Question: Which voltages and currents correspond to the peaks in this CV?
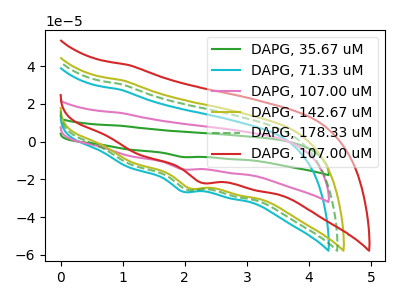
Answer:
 <answer>The green curve "DAPG, 35.67 uM" has a cathodic peak at: (1.95V, -29.30uA). The cyan curve "DAPG, 71.33 uM" has a cathodic peak at: (1.95V, -26.45uA). The pink curve "DAPG, 107.00 uM" has a cathodic peak at: (1.95V, -14.65uA). The olive curve "DAPG, 142.67 uM" has a cathodic peak at: (2.10V, -24.70uA). The green dashed curve "DAPG, 178.33 uM" has a cathodic peak at: (2.05V, -25.45uA). The red curve "DAPG, 107.00 uM" has a cathodic peak at: (2.25V, -21.70uA).</answer>
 <eval></eval>